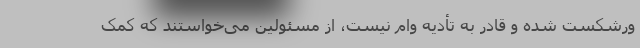
ورشکست شده و قادر به تأدیه وام نیست، از مسئولین می‌خواستند که کمک